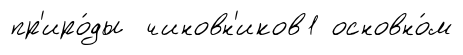
пр'иро́ды чиновн'иков1 основно́м